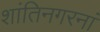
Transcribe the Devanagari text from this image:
शांतिनगरनां